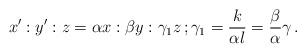
LaTeX: \begin{align*}x^\prime : y^\prime : z = \alpha x : \beta y : \gamma_1 z \, ; \gamma_1 = \frac{k}{\alpha l} = \frac{\beta}{\alpha} \gamma \, . \end{align*}